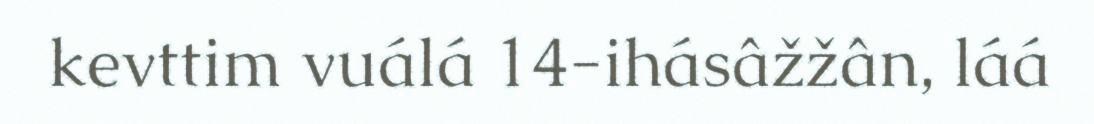
kevttim vuálá 14-ihásâžžân, láá